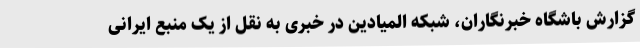
گزارش باشگاه خبرنگاران، شبکه المیادین در خبری به نقل از یک منبع ایرانی